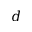
d